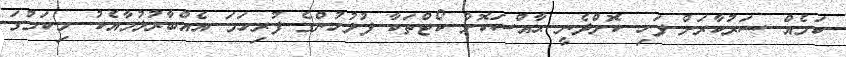
ކަމެއް ސަރުކާރަށް ފަހި ކޮށްދެނީ ޙާއްސަކޮށް ކޯޓްތަކާ ފުލުހުންގެ ފުރިހަމަ އެއްބާރުލުމާއެކު .މިކަމުގަ